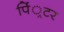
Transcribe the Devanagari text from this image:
पिं्रटर